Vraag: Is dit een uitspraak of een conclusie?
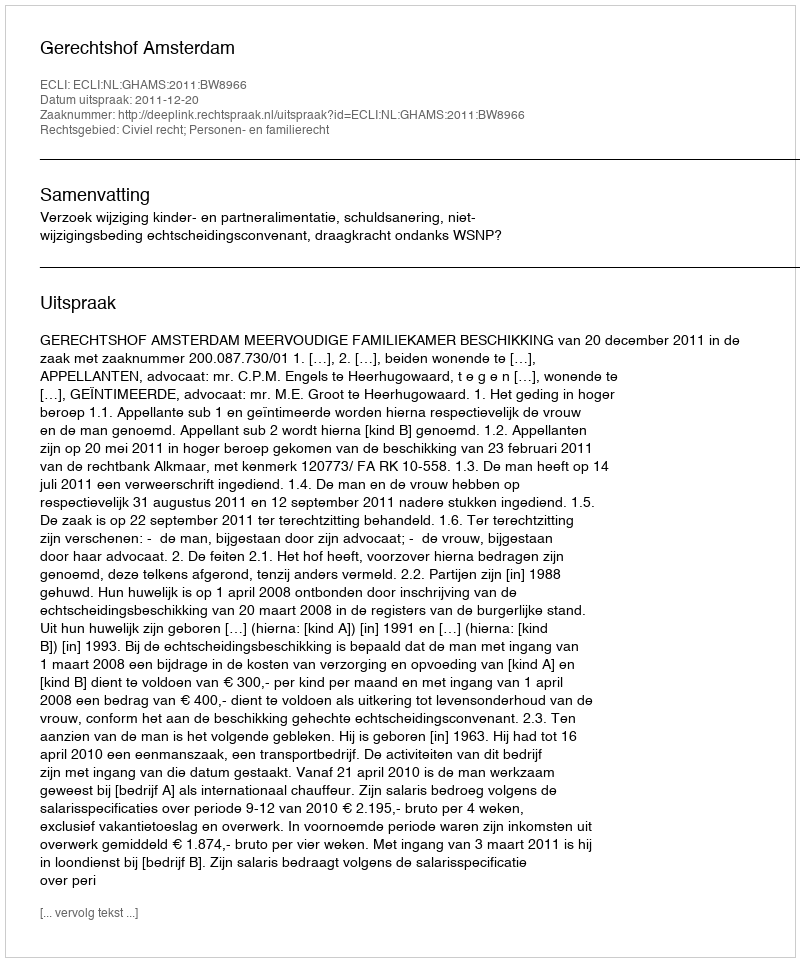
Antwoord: Uitspraak